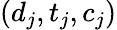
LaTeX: (d_{j},t_{j},c_{j})